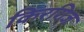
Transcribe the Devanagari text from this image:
किरगिज